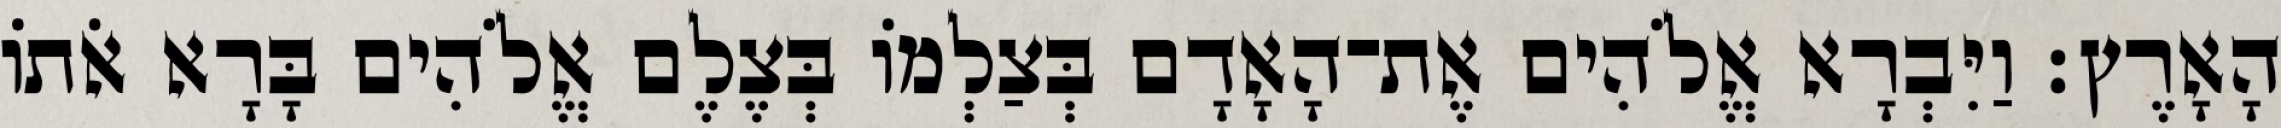
הָאָרֶץ׃ וַיִּבְרָא אֱלֹהִים אֶת־הָאָדָם בְּצַלְמֹו בְּצֶלֶם אֱלֹהִים בָּרָא אֹתֹו